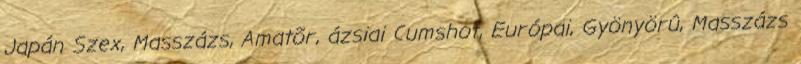
Japán Szex, Masszázs, Amatõr, ázsiai Cumshot, Európai, Gyönyörû, Masszázs